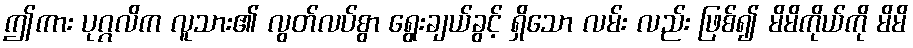
ဤကား ပုဂ္ဂလိက လူသား၏ လွတ်လပ်စွာ ရွေးချယ်ခွင့် ရှိသော လမ်း လည်း ဖြစ်၍ မိမိကိုယ်ကို မိမိ